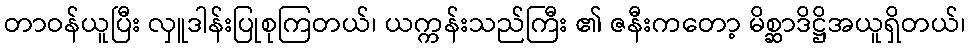
တာဝန်ယူပြီး လှူဒါန်းပြုစုကြတယ်၊ ယက္ကန်းသည်ကြီး ၏ ဇနီးကတော့ မိစ္ဆာဒိဋ္ဌိအယူရှိတယ်၊